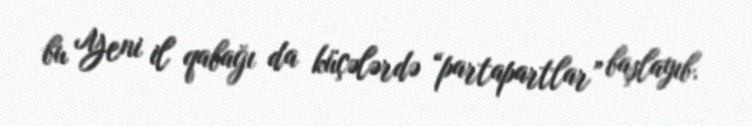
bu Yeni il qabağı da küçələrdə “partapartlar” başlayıb.